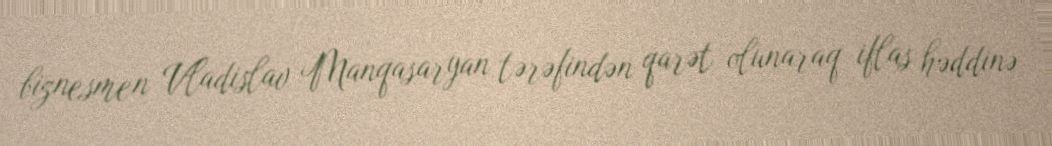
biznesmen Vladislav Manqasaryan tərəfindən qarət olunaraq iflas həddinə